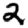
Digit: 2